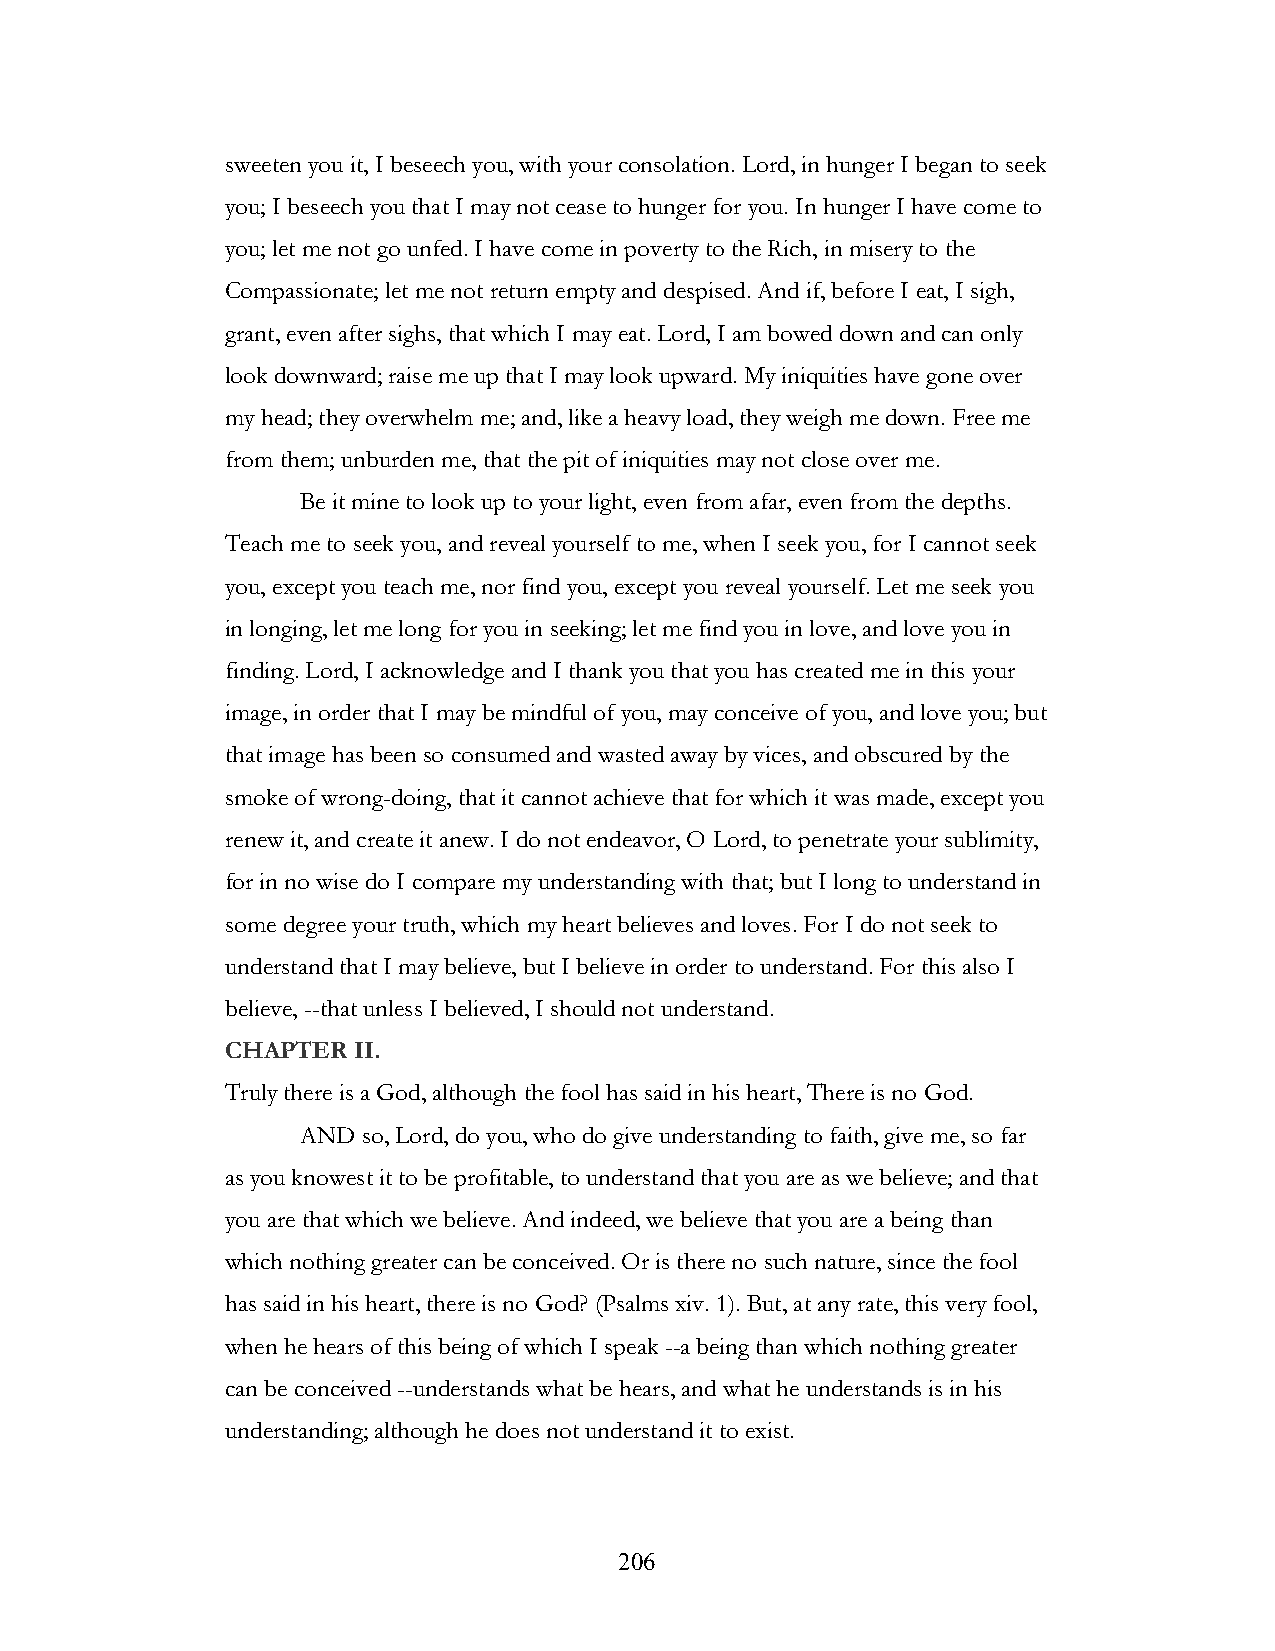
sweeten you it, I beseech you, with your consolation. Lord, in hunger I began to seek
 you; I beseech you that I may not cease to hunger for you. In hunger I have come to
 you; let me not go unfed. I have come in poverty to the Rich, in misery to the
 Compassionate; let me not return empty and despised. And if, before I eat, I sigh,
 grant, even after sighs, that which I may eat. Lord, I am bowed down and can only
 look downward; raise me up that I may look upward. My iniquities have gone over
 my head; they overwhelm me; and, like a heavy load, they weigh me down. Free me
 from them; unburden me, that the pit of iniquities may not close over me.
 Be it mine to look up to your light, even from afar, even from the depths.
 Teach me to seek you, and reveal yourself to me, when I seek you, for I cannot seek
 you, except you teach me, nor find you, except you reveal yourself. Let me seek you
 in longing, let me long for you in seeking; let me find you in love, and love you in
 finding. Lord, I acknowledge and I thank you that you has created me in this your
 image, in order that I may be mindful of you, may conceive of you, and love you; but
 that image has been so consumed and wasted away by vices, and obscured by the
 smoke of wrong-doing, that it cannot achieve that for which it was made, except you
 renew it, and create it anew. I do not endeavor, O Lord, to penetrate your sublimity,
 for in no wise do I compare my understanding with that; but I long to understand in
 some degree your truth, which my heart believes and loves. For I do not seek to
 understand that I may believe, but I believe in order to understand. For this also I
 believe, --that unless I believed, I should not understand.
 CHAPTER II.
 Truly there is a God, although the fool has said in his heart, There is no God.
 AND so, Lord, do you, who do give understanding to faith, give me, so far
 as you knowest it to be profitable, to understand that you are as we believe; and that
 you are that which we believe. And indeed, we believe that you are a being than
 which nothing greater can be conceived. Or is there no such nature, since the fool
 has said in his heart, there is no God? (Psalms xiv. 1). But, at any rate, this very fool,
 when he hears of this being of which I speak --a being than which nothing greater
 can be conceived --understands what be hears, and what he understands is in his
 understanding; although he does not understand it to exist.
 !                         206